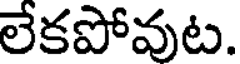
లేకపోవుట.